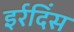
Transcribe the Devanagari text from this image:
इर्रदिंस